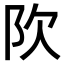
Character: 𬮼